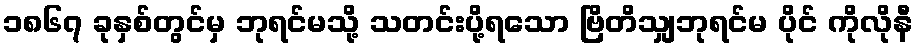
၁၈၆၇ ခုနှစ်တွင်မှ ဘုရင်မသို့ သတင်းပို့ရသော ဗြိတိသျှဘုရင်မ ပိုင် ကိုလိုနီ